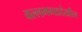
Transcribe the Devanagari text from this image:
वल्लभगडदेखील